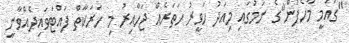
"ގައުމީ މާހެފުން"ގެ ނަމުގައި މިއަދު ހަވީރު ހަތަރެއް ޖަހާއިރު މި ހަރަކާތް ފައްޓަވައިދެއްވާނީ